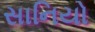
સાનિયો